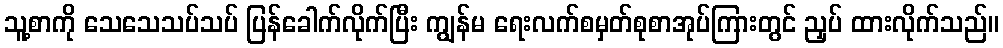
သူ့စာကို သေသေသပ်သပ် ပြန်ခေါက်လိုက်ပြီး ကျွန်မ ရေးလက်စမှတ်စုစာအုပ်ကြားတွင် ညှပ် ထားလိုက်သည်။